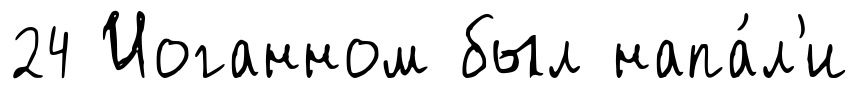
24 Иоганном был напа́л'и